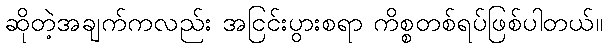
ဆိုတဲ့အချက်ကလည်း အငြင်းပွားစရာ ကိစ္စတစ်ရပ်ဖြစ်ပါတယ်။